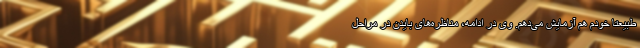
طبیعتاً خودم هم آزمایش می‌دهم. وی در ادامه، مناظره‌های بایدن در مراحل